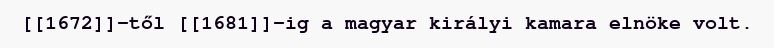
[[1672]]-től [[1681]]-ig a magyar királyi kamara elnöke volt.